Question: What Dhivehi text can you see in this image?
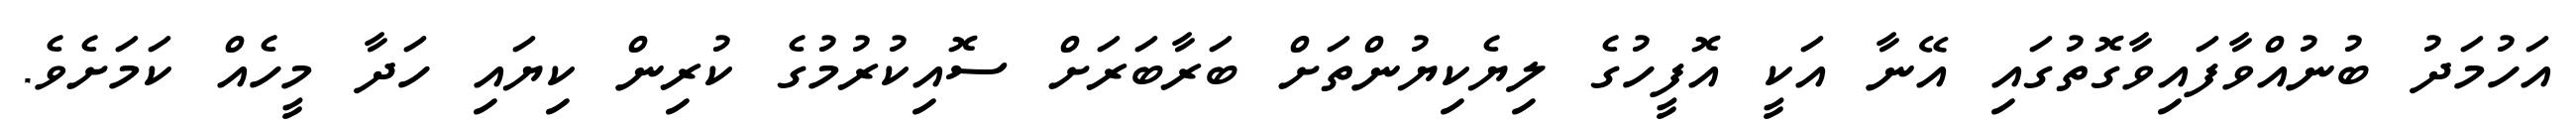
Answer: އަހުމަދު ބުނުއްވާފައިވާގޮތުގައި އޭނާ އަކީ އޮފީހުގެ ލިޔެކިޔުންތަށް ބަރާބަރަށް ސޮއިކުރުމުގެ ކުރިން ކިޔައި ހަދާ މީހެއް ކަމަށެވެ.